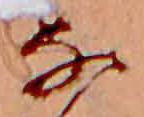
な